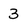
Character: 3